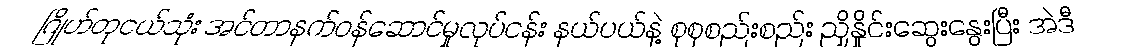
ဂြိုဟ်တုငယ်သုံး အင်တာနက်ဝန်ဆောင်မှုလုပ်ငန်း နယ်ပယ်နဲ့ စုစုစည်းစည်း ညှိနှိုင်းဆွေးနွေးပြီး အဲဒီ